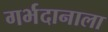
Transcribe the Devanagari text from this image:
गर्भदानाला